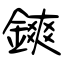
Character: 鏯